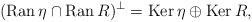
LaTeX: \begin{align*}(\operatorname{Ran}\eta\cap\operatorname{Ran}R)^{\bot}=\operatorname{Ker}\eta\oplus\operatorname{Ker}R, \end{align*}